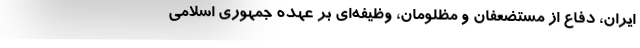
ایران، دفاع از مستضعفان و مظلومان، وظیفه‌ای بر عهده جمهوری اسلامی